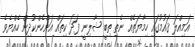
އަމިއްލަ ޤައުމުގައި ހިމާޔަތެއް ނެތި ތިބީ ޝާލިނީ ފަދަ ކިތައް އަންހެންކުދިން ހެއްޔެވެ